Report of the King Institute of Preventive Medicine, Guindy
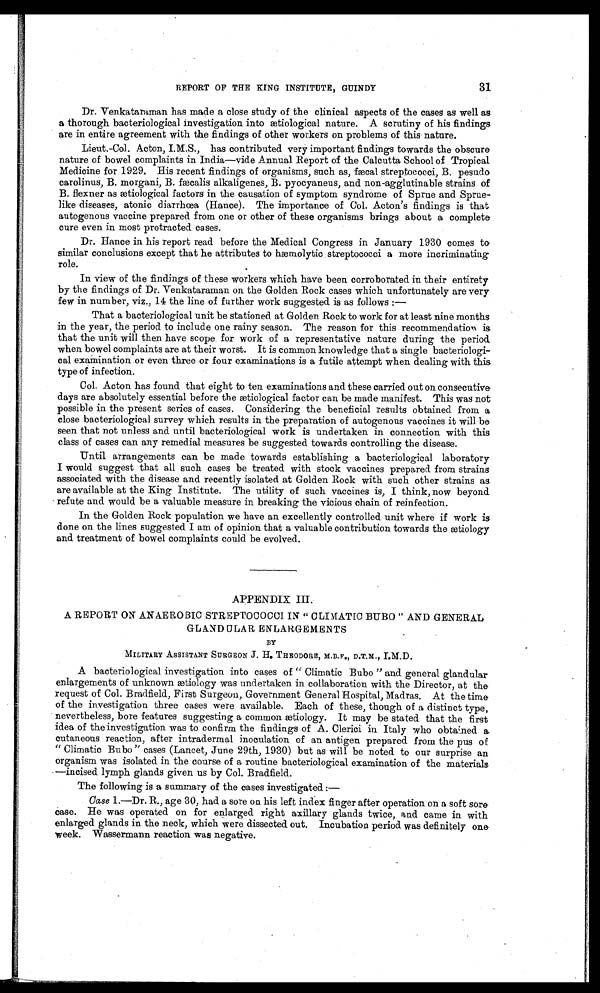
31
REPORT OF THE KING INSTITUTE, GUINDY
Dr. Venkataraman has made a close study of the clinical aspects of the cases as well as
a thorough bacteriological investigation into ætiological nature. A scrutiny of his findings
are in entire agreement with the findings of other workers on problems of this nature.
Lieut.-Col. Acton, I.M.S., has contributed very important findings towards the obscure
nature of bowel complaints in India—vide Annual Report of the Calcutta School of Tropical
Medicine for 1929. His recent findings of organisms, such as, fæcal streptococci, B. pesudo
carolinus, B. morgani, B. fæcalis alkaligenes, B. pyocyaneus, and non-agglutinable strains of
B. flexner as ætiological factors in the causation of symptom syndrome of Sprue and Sprue
-
like diseases, atonic diarrhœa (Hance). The importance of Col. Acton's findings is that
autogenous vaccine prepared from one or other of these organisms brings about a complete
cure even in most protracted cases.
Dr. Hance in his report read before the Medical Congress in January 1930 comes to
similar conclusions except that he attributes to hæmolytic streptococci a more incriminating
role.
In view of the findings of these workers which have been corroborated in their entirety
by the findings of Dr. Venkataraman on the Golden Rock cases which unfortunately are very
few in number, viz., 14 the line of further work suggested is as follows:—
That a bacteriological unit be stationed at Golden Rock to work for at least nine months
in the year, the period to include one rainy season. The reason for this recommendation is
that the unit will then have scope for work of a representative nature during the period
when bowel complaints are at their worst. It is common knowledge that a single bacteriologi--
cal examination or even three or four examinations is a futile attempt when dealing with this
type of infection.
Col. Acton has found that eight to ten examinations and these carried out on consecutive
days are absolutely essential before the ætiological factor can be made manifest. This was not
possible in the present series of cases. Considering the beneficial results obtained from a
close bacteriological survey which results in the preparation of autogenous vaccines it will be
seen that not unless and until bacteriological work is undertaken in connection with this
class of cases can any remedial measures be suggested towards controlling the disease.
Until arrangements can be made towards establishing a bacteriological laboratory
I would suggest that all such cases be treated with stock vaccines prepared from strains
associated with the disease and recently isolated at Golden Rock with such other strains as
are available at the King Institute. The utility of such vaccines is, I think, now beyon
d refute and would be a valuable measure in breaking the vicious chain of reinfection.
In the Golden Rock population we have an excellently controlled unit where if work is
done on the lines suggested I am of opinion that a valuable contribution towards the ætiology
and treatment of bowel complaints could be evolved.
APPENDIX III.
A REPORT ON ANAEROBIC STREPTOCOCCI IN "CLIMATIC BUBO" AND GENERAL
GLANDULAR ENLARGEMENTS
BY
MILITARY ASSISTANT SURGEON J . H. THEODORE, M.B.F., D.T.M., I.M.D.
A bacteriological investigation into cases of "Climatic Bubo" and general glandular
enlargements of unknown ætiology was undertaken in collaboration with the Director, at the
request of Col. Bradfield, First Surgeon, Government General Hospital, Madras. At the time
of the investigation three cases were available. Each of these, though of a distinct type,
nevertheless, bore features suggesting a common ætiology. It may be stated that the first
idea of the investigation was to confirm the findings of A. Clerici in Italy who obtained a
cutaneous reaction, after intradermal inoculation of an antigen prepared from the pus of
"Climatic Bubo" cases (Lancet, June 29th, 1930) but as will be noted to our surprise an
organism was isolated in the course of a routine bacteriological examination of the materials
—incised lymph glands given us by Col. Bradfield.
The following is a summary of the cases investigated :
—
Ca s e 1.—Dr. R., age 30, had a sore on his left index finger after operation on a soft sore
case. He was operated on for enlarged right axillary glands twice, and came in with
enlarged glands in the neck, which were dissected out. Incubation period was definitely one
week. Wassermann reaction was negative.